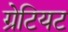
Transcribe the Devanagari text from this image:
ग्रेटियट